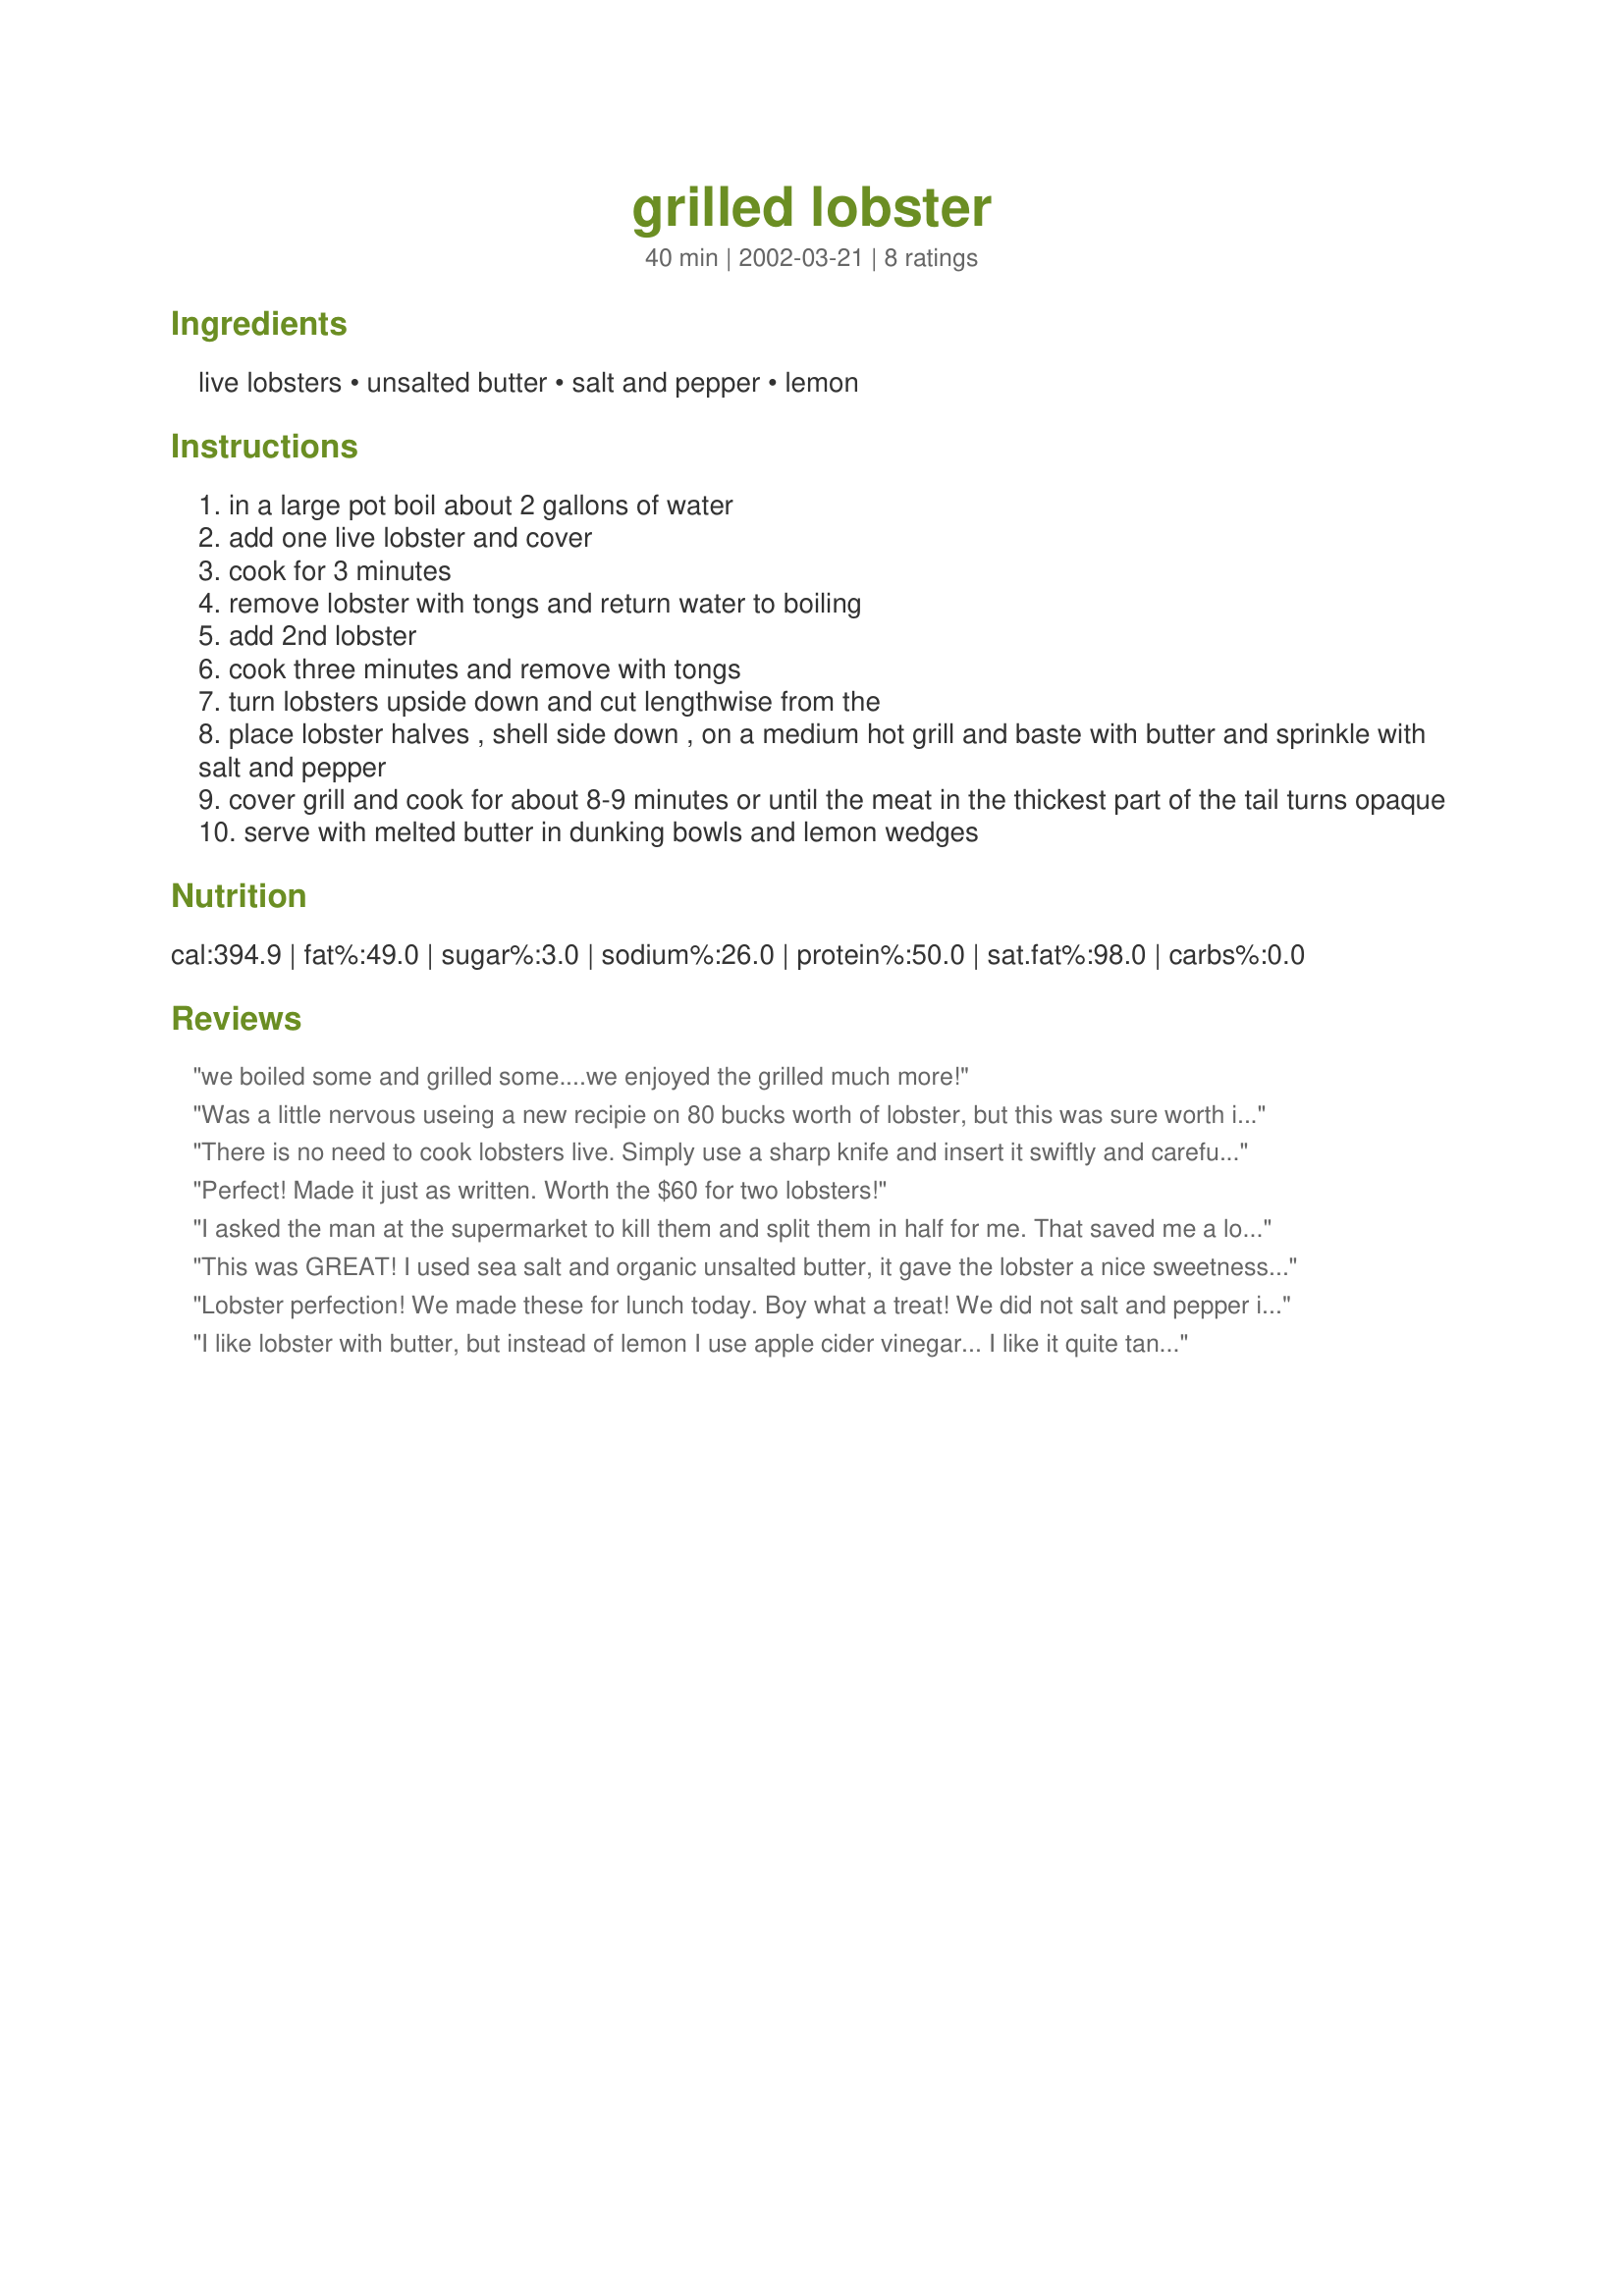
grilled lobster
Preparation time: 40 minutes

Ingredients:
live lobsters, unsalted butter, salt and pepper, lemon

Steps:
in a large pot boil about 2 gallons of water
add one live lobster and cover
cook for 3 minutes
remove lobster with tongs and return water to boiling
add 2nd lobster
cook three minutes and remove with tongs
turn lobsters upside down and cut lengthwise from the
place lobster halves , shell side down , on a medium hot grill and baste with butter and sprinkle with salt and pepper
cover grill and cook for about 8-9 minutes or until the meat in the thickest part of the tail turns opaque
serve with melted butter in dunking bowls and lemon wedges

Reviews:
we boiled some and grilled some....we enjoyed the grilled much more!
Was a little nervous useing a new recipie on 80 bucks worth of lobster, but this was sure worth it!!!! This will be how I cook lobster for now on. I think I will try it on crabs too.
There is no need to cook lobsters live. Simply use a sharp knife and insert it swiftly and carefully into the lobster head, in the back behind the eyes. This will peirce the brain, killing the lobster instantly. Many fine restaurants prep in this way in order to avoid problems of cruelty
Perfect! Made it just as written. Worth the $60 for two lobsters!
I asked the man at the supermarket to kill them and split them in half for me. That saved me a lot of time and effort. If you cut the head off, you have about 24 hours to cook them so don't worry about them spoiling very quickly because the head is where the poison is. I just brushed them with some "Tarragon Garlic Butter" (another recipe from this site), sprinkled with salt and pepper and voila! Gourmet dinner with minimum effort. Also, I thought that the meat was much more tender than when I boil or steam lobsters. Thank you.
This was GREAT!
I used sea salt and organic unsalted butter, it gave the lobster a nice sweetness.
I will use this again!
Thank you!
Lobster perfection! We made these for lunch today. Boy what a treat! We did not salt and pepper it, but that is just personal taste. As far as the cooking method goes, the lobster meat was perfect! Thanks so much! We will use this one often!
I like lobster with butter, but instead of lemon I use apple cider vinegar... I like it quite tangy, but you can add as much as you like until it is to your taste! Just make sure you mix it up well... I do add salt to the butter too. It gives the butter and any seafood a delicious flavor!
